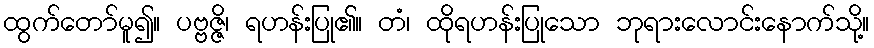
ထွက်တော်မူ၍။ ပဗ္ဗဇ္ဇိ၊ ရဟန်းပြု၏။ တံ၊ ထိုရဟန်းပြုသော ဘုရားလောင်းနောက်သို့။